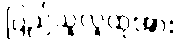
ပြည်သူလူထုအား